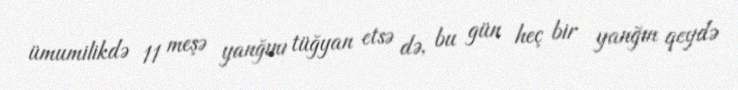
ümumilikdə 11 meşə yanğını tüğyan etsə də, bu gün heç bir yanğın qeydə